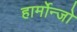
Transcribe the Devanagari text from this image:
हार्मोन्जो